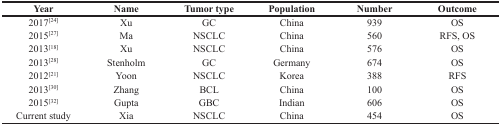
| Year | Name | Tumor type | Population | Number | Outcome |
 | --- | --- | --- | --- | --- | --- |
 | 2017[24] | Xu | GC | China | 939 | OS |
 | 2015[27] | Ma | NSCLC | China | 560 | RFS, OS |
 | 2013[18] | Xu | NSCLC | China | 576 | OS |
 | 2013[28] | Stenholm | GC | Germany | 674 | OS |
 | 2012[21] | Yoon | NSCLC | Korea | 388 | RFS |
 | 2013[30] | Zhang | BCL | China | 100 | OS |
 | 2015[32] | Gupta | GBC | Indian | 606 | OS |
 | Current study | Xia | NSCLC | China | 454 | OS |